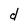
Character: d